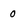
Character: o